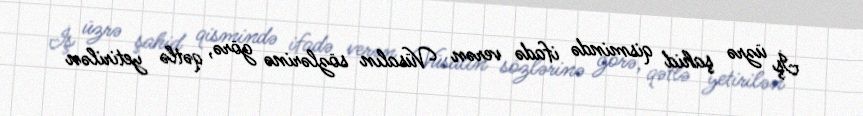
İş üzrə şahid qismində ifadə verən Vüsalın sözlərinə görə, qətlə yetirilən